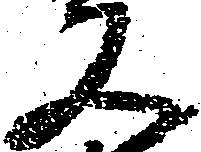
又